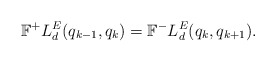
\begin{align*}\mathbb{F}^+L^E_d(q_{k-1},q_k) = \mathbb{F}^-L^E_d(q_k,q_{k+1}).\end{align*}